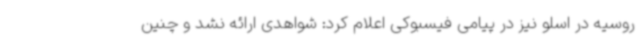
روسیه در اسلو نیز در پیامی فیسبوکی اعلام کرد: شواهدی ارائه نشد و چنین